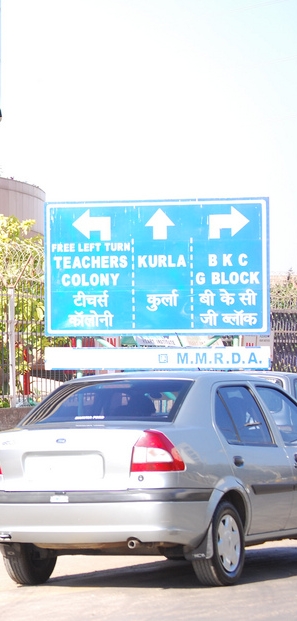
Language: hindi
Transcription: कुर्ला जी के टीचर्स बी सी